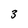
Character: 3